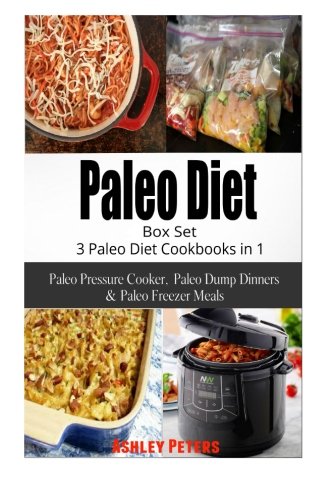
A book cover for Paleo Diet Box Set:  3 Paleo Diet Cookbooks in 1, Paleo Pressure Cooker, Paleo Dump Dinners & Paleo Freezer Meals; Ashley Peters; Cookbooks, Food & Wine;